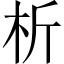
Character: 析